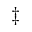
\ddag